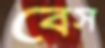
বেস